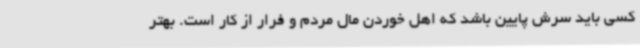
کسی باید سرش پایین باشد که اهل خوردن مال مردم و فرار از کار است. بهتر